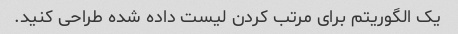
یک الگوریتم برای مرتب کردن لیست داده شده طراحی کنید.